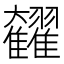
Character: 𩁭